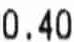
0.40